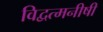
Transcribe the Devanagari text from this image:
विद्वत्मनीषी